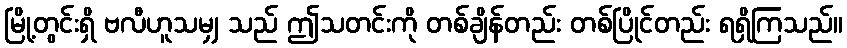
မြို့တွင်းရှိ ဗလီဟူသမျှ သည် ဤသတင်းကို တစ်ချိန်တည်း တစ်ပြိုင်တည်း ရရှိကြသည်။